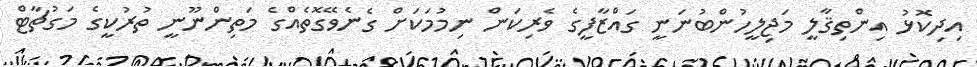
އިދިކޮޅު އިންތިޤާލީ މަޖިލީހުންބުނަނީ ގައްޒާފީގެ ވެރިކަން ނިމުމަކަށް ގެނެވޭގޮތެއްގެ މަތިންނޫނީ ތުރުކީގެ މަގުޗާޓް